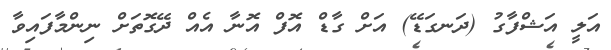
އަލީ އަޝްފާގު (ދަނގަޑޭ) އަށް ގާޑް އޮފް އޮނާ އެއް ދޭގޮތަށް ނިންމާފައިވާ